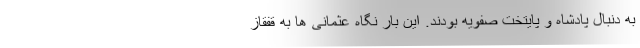
به دنبال پادشاه و پایتخت صفویه بودند. این بار نگاه عثمانی ها به قفقاز